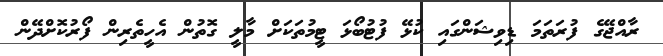
ރާއްޖޭގެ ފުރަތަމަ ޑިވިޝަންގައި ކުޅޭ ފުޓުބޯޅަ ޓީމުތަކަށް މާލީ ގޮތުން އެހީތެރިން ފޯރުކޮށްދޭން